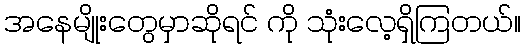
အနေမျိုးတွေမှာဆိုရင် ကို သုံးလေ့ရှိကြတယ်။